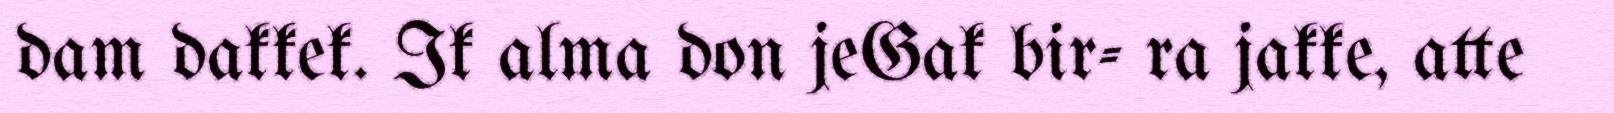
dam dakkek. Ik alma don jeGak bir- ra jakke, atte